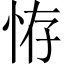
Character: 𢙨